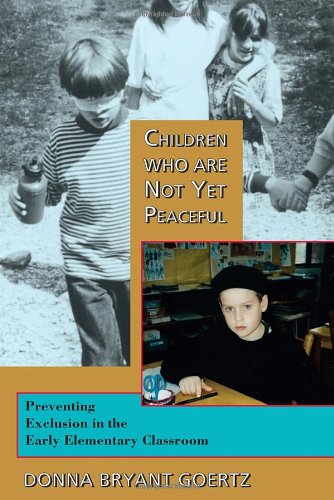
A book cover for Children Who Are Not Yet Peaceful: Preventing Exclusion in the Early Elementary Classroom; Donna Bryant Goertz; Parenting & Relationships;